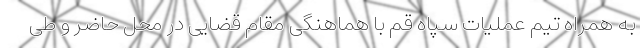
به همراه تیم عملیات سپاه قم با هماهنگی مقام قضایی در محل حاضر و طی